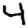
Digit: 4